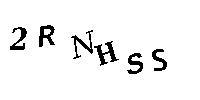
2RNHSS